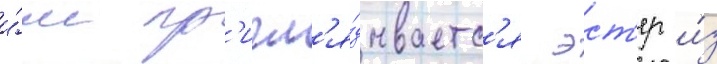
и́м пр'игл'я́дываетс'я эст'ер и́з